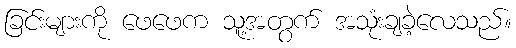
ခြင်းများကို ဖေဖေက သူ့အတွက် အသုံးချခဲ့လေသည်။